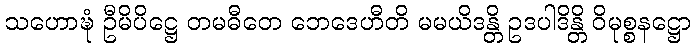
သဟောဍ္ဎံ ဦမိပိဋ္ဌေ တမဓီတေ ဘေဒေဟီတိ မမယိဒန္တိ ဥဒပါဒိန္တိ ဝိမုစ္စနဋ္ဌော